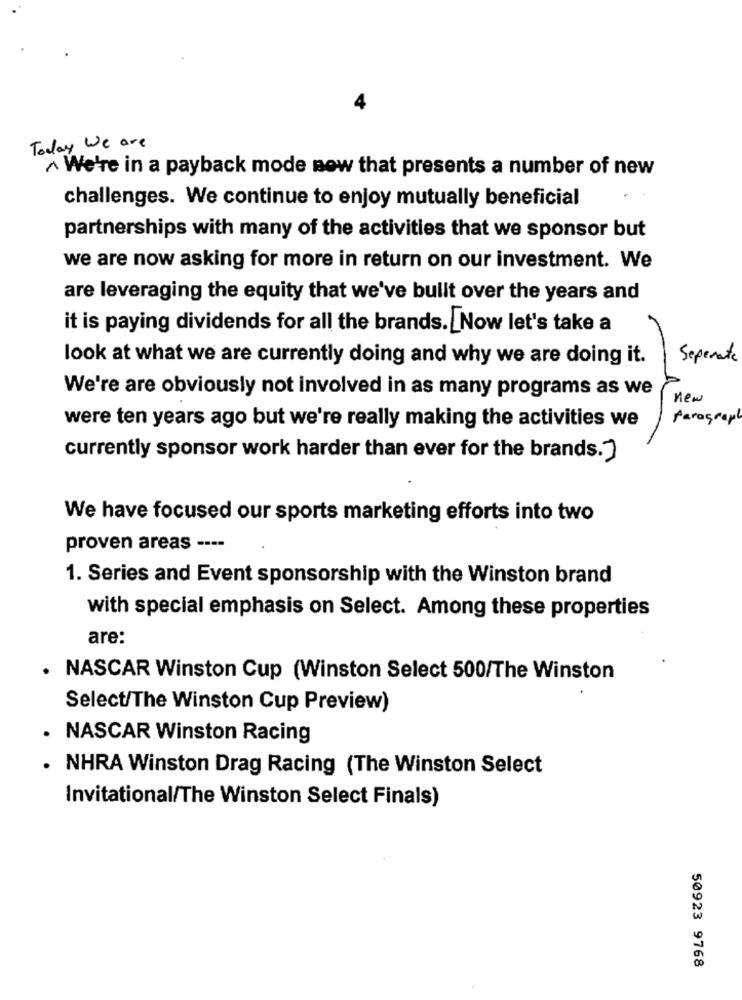
Today We are
~ We're in a payback mode now that presents a number of new
challenges. We continue to enjoy mutually beneficial
partnerships with many of the activities that we sponsor but
we are now asking for more in return on our investment. We
are leveraging the equity that we've bullt over the years and
it is paying dividends for all the brands. Now let's take a
look at what we are currently doing and why we are doing it.
Seperate
We're are obviously not involved in as many programs as we
new
paragraph
were ten years ago but we're really making the activities we
currently sponsor work harder than ever for the brands."
We have focused our sports marketing efforts into two
proven areas ----
1. Series and Event sponsorship with the Winston brand
with special emphasis on Select. Among these properties
are:
NASCAR Winston Cup (Winston Select 500/The Winston
Select/The Winston Cup Preview)
NASCAR Winston Racing
NHRA Winston Drag Racing (The Winston Select
Invitational/The Winston Select Finals)
50923 9768